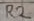
Text: R2